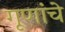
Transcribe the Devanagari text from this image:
गूणांचे